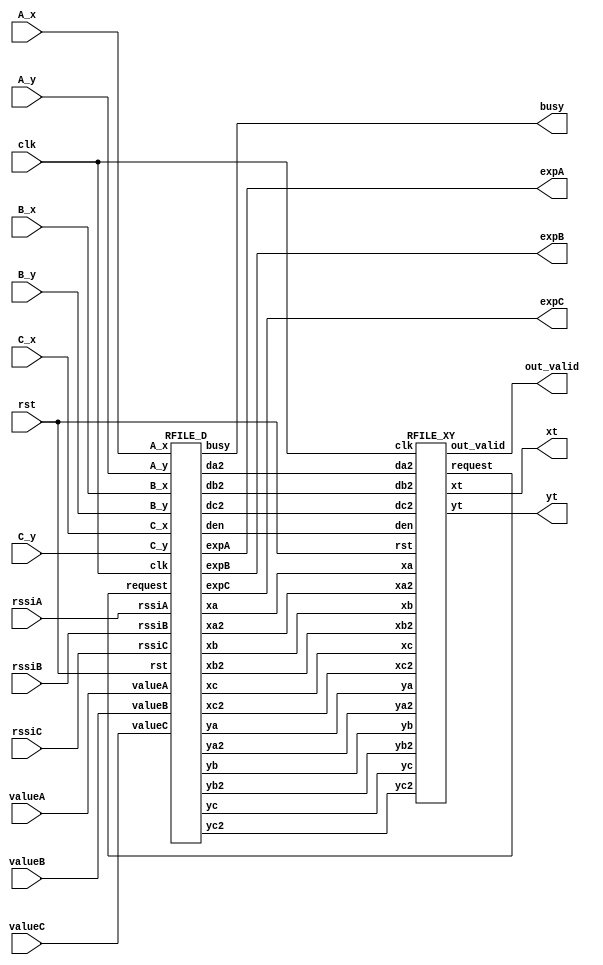
`timescale 1ns/10ps
module RFILE(clk, rst, A_x, A_y, B_x, B_y, C_x, C_y, rssiA, rssiB, rssiC, valueA, valueB, valueC, expA, expB, expC, busy, out_valid, xt, yt);
input           clk;
input           rst;
input  [7:0]    A_x;
input  [7:0]    A_y; 
input  [7:0]    B_x; 
input  [7:0]    B_y; 
input  [7:0]    C_x; 
input  [7:0]    C_y;
input signed [19:0]   rssiA;
input signed [19:0]   rssiB;
input signed [19:0]   rssiC;
input  [15:0]   valueA;
input  [15:0]   valueB;
input  [15:0]   valueC;
output [11:0]   expA;
output [11:0]   expB;
output [11:0]   expC;
output          busy;
output          out_valid;
output     [7:0] xt;
output     [7:0] yt;
/* my design */
wire request;
wire den;
wire [7:0]  xa;
wire [15:0] xa2;
wire [7:0]  ya;
wire [15:0] ya2;
wire [17:0] da2;
wire [7:0]  xb;
wire [15:0] xb2;
wire [7:0]  yb;
wire [15:0] yb2;
wire [17:0] db2;
wire [7:0]  xc;
wire [15:0] xc2;
wire [7:0]  yc;
wire [15:0] yc2;
wire [17:0] dc2;

RFILE_D rfile_d(clk, rst, A_x, A_y, B_x, B_y, C_x, C_y, rssiA, rssiB, rssiC, valueA, valueB, valueC, expA, expB, expC, busy,
		request, den, xa, xa2, ya, ya2, da2, xb, xb2, yb, yb2, db2, xc, xc2, yc, yc2, dc2);

RFILE_XY rfile_xy(clk, rst, request, den, xa, xa2, ya, ya2, da2, xb, xb2, yb, yb2, db2, xc, xc2, yc, yc2, dc2, out_valid, xt, yt);

endmodule

module RFILE_D(clk, rst, A_x, A_y, B_x, B_y, C_x, C_y, rssiA, rssiB, rssiC, valueA, valueB, valueC, expA, expB, expC, busy,
	   request, den, xa, xa2, ya, ya2, da2, xb, xb2, yb, yb2, db2, xc, xc2, yc, yc2, dc2);
input clk;
input rst;
input [7:0] A_x;
input [7:0] A_y; 
input [7:0] B_x; 
input [7:0] B_y; 
input [7:0] C_x; 
input [7:0] C_y;
input signed [19:0] rssiA;
input signed [19:0] rssiB;
input signed [19:0] rssiC;
input [15:0] valueA;
input [15:0] valueB;
input [15:0] valueC;
output [11:0] expA;
output [11:0] expB;
output [11:0] expC;
output reg busy;
input request;
output reg den;
output reg [7:0]  xa;
output reg [15:0] xa2;
output reg [7:0]  ya;
output reg [15:0] ya2;
output reg [17:0] da2;
output reg [7:0]  xb;
output reg [15:0] xb2;
output reg [7:0]  yb;
output reg [15:0] yb2;
output reg [17:0] db2;
output reg [7:0]  xc;
output reg [15:0] xc2;
output reg [7:0]  yc;
output reg [15:0] yc2;
output reg [17:0] dc2;
//
localparam alpha = 6'h3B; // 'd59
localparam tenxn = 5'h14; // 'd20 (10 * n)

reg [2:0] state, nxt_state;
localparam Idle		= 3'd0;
localparam S0		= 3'd1;
localparam S1		= 3'd2;
localparam S2		= 3'd3;
localparam S3		= 3'd4;
localparam S4		= 3'd5;
localparam Output	= 3'd6;

reg first_flag;

wire [18:0] abs_rssiA = -rssiA;
wire [18:0] abs_rssiB = -rssiB;
wire [18:0] abs_rssiC = -rssiC;

wire [18:0] abs_rssiA_sub_alpha = {abs_rssiA[18:12] - alpha, abs_rssiA[11:0]};
wire [18:0] abs_rssiB_sub_alpha = {abs_rssiB[18:12] - alpha, abs_rssiB[11:0]};
wire [18:0] abs_rssiC_sub_alpha = {abs_rssiC[18:12] - alpha, abs_rssiC[11:0]};

reg [13:0] totexpA;
reg [13:0] totexpB;
reg [13:0] totexpC;
reg totexpA_start;
wire totexpA_finish;
wire [18:0] totexpA_quotient;
DIV#(.dividend_size(19), .divisor_size(5)) totexpA_div_19_5(clk, rst, totexpA_start, abs_rssiA_sub_alpha, tenxn, totexpA_finish, totexpA_quotient);
reg totexpB_start;
wire totexpB_finish;
wire [18:0] totexpB_quotient;
DIV#(.dividend_size(19), .divisor_size(5)) totexpB_div_19_5(clk, rst, totexpB_start, abs_rssiB_sub_alpha, tenxn, totexpB_finish, totexpB_quotient);
reg totexpC_start;
wire totexpC_finish;
wire [18:0] totexpC_quotient;
DIV#(.dividend_size(19), .divisor_size(5)) totexpC_div_19_5(clk, rst, totexpC_start, abs_rssiC_sub_alpha, tenxn, totexpC_finish, totexpC_quotient);

assign expA = totexpA[11:0];
assign expB = totexpB[11:0];
assign expC = totexpC[11:0];

reg [20:0] da;
reg [20:0] db;
reg [20:0] dc;
always @(*) begin
	case (totexpA[13:12])
		2'd0 : da <= valueA;
		2'd1 : da <= valueA * 4'd10; // (valueA << 3) + (valueA << 1)
		2'd2 : da <= valueA * 7'd100; // (valueA << 6) + (valueA << 5) + (valueA << 2)
		default : da <= 21'bx;
	endcase
	case (totexpB[13:12])
		2'd0 : db <= valueB;
		2'd1 : db <= valueB * 4'd10; // (valueB << 3) + (valueB << 1)
		2'd2 : db <= valueB * 7'd100; // (valueB << 6) + (valueB << 5) + (valueB << 2)
		default : db <= 21'bx;
	endcase
	case (totexpC[13:12])
		2'd0 : dc <= valueC;
		2'd1 : dc <= valueC * 4'd10; // (valueC << 3) + (valueC << 1)
		2'd2 : dc <= valueC * 7'd100; // (valueC << 6) + (valueC << 5) + (valueC << 2)
		default : dc <= 21'bx;
	endcase
end

reg xa2_start;
wire xa2_finish;
wire [15:0] xa2_product;
MULT#(.multiplicand_size(8), .multiplier_size(8)) xa2_mult_8_8(clk, rst, xa2_start, A_x, A_x, xa2_finish, xa2_product);
reg ya2_start;
wire ya2_finish;
wire [15:0] ya2_product;
MULT#(.multiplicand_size(8), .multiplier_size(8)) ya2_mult_8_8(clk, rst, ya2_start, A_y, A_y, ya2_finish, ya2_product);
reg da2_start;
wire da2_finish;
wire [17:0] da2_product;
MULT#(.multiplicand_size(9), .multiplier_size(9)) da2_mult_9_9(clk, rst, da2_start, da[20:12], da[20:12], da2_finish, da2_product);
reg xb2_start;
wire xb2_finish;
wire [15:0] xb2_product;
MULT#(.multiplicand_size(8), .multiplier_size(8)) xb2_mult_8_8(clk, rst, xb2_start, B_x, B_x, xb2_finish, xb2_product);
reg yb2_start;
wire yb2_finish;
wire [15:0] yb2_product;
MULT#(.multiplicand_size(8), .multiplier_size(8)) yb2_mult_8_8(clk, rst, yb2_start, B_y, B_y, yb2_finish, yb2_product);
reg db2_start;
wire db2_finish;
wire [17:0] db2_product;
MULT#(.multiplicand_size(9), .multiplier_size(9)) db2_mult_9_9(clk, rst, db2_start, db[20:12], db[20:12], db2_finish, db2_product);
reg xc2_start;
wire xc2_finish;
wire [15:0] xc2_product;
MULT#(.multiplicand_size(8), .multiplier_size(8)) xc2_mult_8_8(clk, rst, xc2_start, C_x, C_x, xc2_finish, xc2_product);
reg yc2_start;
wire yc2_finish;
wire [15:0] yc2_product;
MULT#(.multiplicand_size(8), .multiplier_size(8)) yc2_mult_8_8(clk, rst, yc2_start, C_y, C_y, yc2_finish, yc2_product);
reg dc2_start;
wire dc2_finish;
wire [17:0] dc2_product;
MULT#(.multiplicand_size(9), .multiplier_size(9)) dc2_mult_9_9(clk, rst, dc2_start, dc[20:12], dc[20:12], dc2_finish, dc2_product);

always @(*) begin // next state logic
	nxt_state <= state;
	case (state)
		Idle : nxt_state <= S0;
		S0 : nxt_state <= S1;
		S1 :
			if (totexpA_finish/* && totexpB_finish && totexpC_finish*/) nxt_state <= S2;
		S2 : nxt_state <= S3;
		S3 :
			if (da2_finish/* && db2_finish && dc2_finish*/) begin
				if (first_flag) nxt_state <= Output;
				else nxt_state <= S4;
			end
		S4 :
			if (request) nxt_state <= Output;
		Output : nxt_state <= S0;
	endcase
end

always @(posedge clk/* or posedge rst*/) begin // FSM
	if (rst) state <= Idle;
	else state <= nxt_state;
end

always @(*) begin
	busy <= 1'b1;
	totexpA_start <= 1'b0;
	totexpB_start <= 1'b0;
	totexpC_start <= 1'b0;
	xa2_start <= 1'b0;
	ya2_start <= 1'b0;
	da2_start <= 1'b0;
	xb2_start <= 1'b0;
	yb2_start <= 1'b0;
	db2_start <= 1'b0;
	xc2_start <= 1'b0;
	yc2_start <= 1'b0;
	dc2_start <= 1'b0;
	den <= 1'b0;
	case (state)
		Idle : begin
			busy <= 1'b0;
		end
		S0 : begin
			totexpA_start <= 1'b1;
			totexpB_start <= 1'b1;
			totexpC_start <= 1'b1;
		end
		S2 : begin
			xa2_start <= 1'b1;
			ya2_start <= 1'b1;
			da2_start <= 1'b1;
			xb2_start <= 1'b1;
			yb2_start <= 1'b1;
			db2_start <= 1'b1;
			xc2_start <= 1'b1;
			yc2_start <= 1'b1;
			dc2_start <= 1'b1;
		end
		Output : begin
			busy <= 1'b0;
			den <= 1'b1;
		end
	endcase
end

always @(posedge clk) begin
	totexpA <= 14'bx;
	totexpB <= 14'bx;
	totexpC <= 14'bx;
	case (state)
		Idle : begin
			first_flag <= 1'b1;
		end
		S1 : begin
			if (totexpA_finish) totexpA <= totexpA_quotient;
			if (totexpB_finish) totexpB <= totexpB_quotient;
			if (totexpC_finish) totexpC <= totexpC_quotient;
		end
		S2 : begin
			xa <= A_x;
			ya <= A_y;
			xb <= B_x;
			yb <= B_y;
			xc <= C_x;
			yc <= C_y;
		end
		S3 : begin
			if (xa2_finish) xa2 <= xa2_product;
			if (ya2_finish) ya2 <= ya2_product;
			if (da2_finish) da2 <= da2_product;
			if (xb2_finish) xb2 <= xb2_product;
			if (yb2_finish) yb2 <= yb2_product;
			if (db2_finish) db2 <= db2_product;
			if (xc2_finish) xc2 <= xc2_product;
			if (yc2_finish) yc2 <= yc2_product;
			if (dc2_finish) dc2 <= dc2_product;
		end
		Output : begin
			first_flag <= 1'b0;
		end
	endcase
end
endmodule

module RFILE_XY(clk, rst, request, den, xa, xa2, ya, ya2, da2, xb, xb2, yb, yb2, db2, xc, xc2, yc, yc2, dc2, out_valid, xt, yt);
input clk;
input rst;
output reg request;
input den;
input [7:0]  xa;
input [15:0] xa2;
input [7:0]  ya;
input [15:0] ya2;
input [17:0] da2;
input [7:0]  xb;
input [15:0] xb2;
input [7:0]  yb;
input [15:0] yb2;
input [17:0] db2;
input [7:0]  xc;
input [15:0] xc2;
input [7:0]  yc;
input [15:0] yc2;
input [17:0] dc2;
output reg out_valid;
output reg [7:0] xt;
output reg [7:0] yt;
//
reg [1:0] state, nxt_state;
localparam Idle		= 2'd0;
localparam S0		= 2'd1;
localparam S1		= 2'd2;
localparam Output	= 2'd3;

wire signed [18:0] t1_1 = xa2 + ya2 - da2;
wire signed [18:0] t1_2 = xb2 + yb2 - db2;
wire signed [19:0] t1 = t1_1 - t1_2;
wire signed [8:0] t2 = xa - xb;
wire signed [8:0] t3 = ya - yb;
wire signed [18:0] t4_2 = xc2 + yc2 - dc2;
wire signed [19:0] t4 = t1_1 - t4_2;
wire signed [8:0] t5 = xa - xc;
wire signed [8:0] t6 = ya - yc;

reg signed [17:0] t7_1; // t2 * t6
reg t7_1_start;
wire t7_1_finish;
wire signed [17:0] t7_1_product;
SMULT#(.multiplicand_size(9), .multiplier_size(9)) t7_1_smult_9_9(clk, rst, t7_1_start, t2, t6, t7_1_finish, t7_1_product);
reg signed [17:0] t7_2; // t3 * t5
reg t7_2_start;
wire t7_2_finish;
wire signed [17:0] t7_2_product;
SMULT#(.multiplicand_size(9), .multiplier_size(9)) t7_2_smult_9_9(clk, rst, t7_2_start, t3, t5, t7_2_finish, t7_2_product);
wire signed [18:0] t7 = t7_1 - t7_2;
wire [17:0] abs_t7 = (t7[18] ? -t7 : t7);

reg signed [28:0] t8_1; // t1 * t6
reg t8_1_start;
wire t8_1_finish;
wire signed [28:0] t8_1_product;
SMULT#(.multiplicand_size(20), .multiplier_size(9)) t8_1_smult_20_9(clk, rst, t8_1_start, t1, t6, t8_1_finish, t8_1_product);
reg signed [28:0] t8_2; // t4 * t3
reg t8_2_start;
wire t8_2_finish;
wire signed [28:0] t8_2_product;
SMULT#(.multiplicand_size(20), .multiplier_size(9)) t8_2_smult_20_9(clk, rst, t8_2_start, t4, t3, t8_2_finish, t8_2_product);
wire signed [29:0] t8 = t8_1 - t8_2;
wire [28:0] abs_t8 = (t8[29] ? -t8 : t8);

reg signed [28:0] t9_1; // t4 * t2
reg t9_1_start;
wire t9_1_finish;
wire signed [28:0] t9_1_product;
SMULT#(.multiplicand_size(20), .multiplier_size(9)) t9_1_smult_20_9(clk, rst, t9_1_start, t4, t2, t9_1_finish, t9_1_product);
reg signed [28:0] t9_2; // t1 * t5
reg t9_2_start;
wire t9_2_finish;
wire signed [28:0] t9_2_product;
SMULT#(.multiplicand_size(20), .multiplier_size(9)) t9_2_smult_20_9(clk, rst, t9_2_start, t1, t5, t9_2_finish, t9_2_product);
wire signed [29:0] t9 = t9_1 - t9_2;
wire [28:0] abs_t9 = (t9[29] ? -t9 : t9);

// abs_t8[28:1] / abs_t7;
reg x_start;
wire x_finish;
wire [27:0] x_quotient;
DIV#(.dividend_size(28), .divisor_size(18)) x_div_28_18(clk, rst, x_start, abs_t8[28:1], abs_t7, x_finish, x_quotient);
// abs_t9[28:1] / abs_t7;
reg y_start;
wire y_finish;
wire [27:0] y_quotient;
DIV#(.dividend_size(28), .divisor_size(18)) y_div_28_18(clk, rst, y_start, abs_t9[28:1], abs_t7, y_finish, y_quotient);

reg [5:0] temp_cnt;

always @(*) begin // next state logic
	nxt_state <= state;
	case (state)
		Idle :
			if (den) nxt_state <= S0;
		S0 :
			if (t7_1_finish/* && t7_2_finish && t8_1_finish && t8_2_finish && t9_1_finish && t9_2_finish*/) nxt_state <= S1;
		S1 : nxt_state <= Output;
		Output :
			if (x_finish/* && y_finish*/) nxt_state <= Idle;
	endcase
end

always @(posedge clk/* or posedge rst*/) begin // FSM
	if (rst) state <= Idle;
	else state <= nxt_state;
end

always @(*) begin
	t7_1_start <= 1'b0;
	t7_2_start <= 1'b0;
	t8_1_start <= 1'b0;
	t8_2_start <= 1'b0;
	t9_1_start <= 1'b0;
	t9_2_start <= 1'b0;
	x_start <= 1'b0;
	y_start <= 1'b0;
	request <= 1'b0;
	case (state)
		Idle : begin
			if (den) begin
				t7_1_start <= 1'b1;
				t7_2_start <= 1'b1;
				t8_1_start <= 1'b1;
				t8_2_start <= 1'b1;
				t9_1_start <= 1'b1;
				t9_2_start <= 1'b1;
			end
		end
		S1 : begin
			x_start <= 1'b1;
			y_start <= 1'b1;
		end
		Output : begin
			if (x_finish/* && y_finish*/) request <= 1'b1;
		end
	endcase
end

always @(posedge clk) begin
	out_valid <= 1'b0;
	t7_1 <= 18'bx;
	t7_2 <= 18'bx;
	t8_1 <= 29'bx;
	t8_2 <= 29'bx;
	t9_1 <= 29'bx;
	t9_2 <= 29'bx;
	case (state)
		S0 : begin
			if (t7_1_finish) t7_1 <= t7_1_product;
			if (t7_2_finish) t7_2 <= t7_2_product;
			if (t8_1_finish) t8_1 <= t8_1_product;
			if (t8_2_finish) t8_2 <= t8_2_product;
			if (t9_1_finish) t9_1 <= t9_1_product;
			if (t9_2_finish) t9_2 <= t9_2_product;
		end
		Output : begin
			if (x_finish/* && y_finish*/) begin
				out_valid <= 1'b1;
				xt <= x_quotient;
				yt <= y_quotient;
			end
		end
	endcase
end

endmodule

module MULT#(parameter multiplicand_size = 64, parameter multiplier_size = 64) (clk, rst, start, multiplicand, multiplier, finish, product);
input clk;
input rst;
input start;
input [multiplicand_size - 1:0] multiplicand;
input [multiplier_size - 1:0] multiplier;
output reg finish;
output reg [multiplicand_size + multiplier_size - 1:0] product;

reg state, nxt_state;
localparam Idle	= 1'd0;
localparam Mult	= 1'd1;

reg [multiplicand_size - 1:0] _multiplicand;
reg [multiplicand_size + multiplier_size - 1:0] _product;
reg [multiplicand_size + multiplier_size - 1:0] _product_next;
localparam cnt_size = $clog2(multiplier_size);
reg [cnt_size - 1:0] cnt;
wire [cnt_size - 1:0] cnt_next = cnt + 1;
wire cnt_end = cnt == (multiplier_size - 1);
reg [multiplicand_size:0] temp;
always @(*) begin
	if (_product[0]) temp <= _product[multiplicand_size + multiplier_size - 1:multiplier_size] + _multiplicand;
	else temp <= _product[multiplicand_size + multiplier_size - 1:multiplier_size];
	_product_next <= {temp, _product[multiplier_size - 1:1]};
end

always @(*) begin // next state logic
	nxt_state <= state;
	case (state)
		Idle :
			if (start) nxt_state <= Mult;
		Mult :
			if (cnt_end) nxt_state <= Idle;
	endcase
end

always @(posedge clk/* or negedge rst*/) begin // FSM
	if (rst) state <= Idle;
	else state <= nxt_state;
end

always @(posedge clk) begin
	case (state)
		Idle : begin
			_multiplicand <= multiplicand;
			_product <= {{multiplicand_size{1'b0}}, multiplier};
			cnt <= 0;
		end
		Mult : begin
			_product <= _product_next;
			cnt <= cnt_next;
		end
	endcase
end

always @(*) begin
	finish <= 1'b0;
	product <= 'bx;
	case (state)
		Mult : begin
			if (cnt_end) begin
				finish <= 1'b1;
				product <= _product_next;
			end
		end
	endcase
end
endmodule

module SMULT#(parameter multiplicand_size = 64, parameter multiplier_size = 64) (clk, rst, start, multiplicand, multiplier, finish, product);
input clk;
input rst;
input start;
input signed [multiplicand_size - 1:0] multiplicand;
input signed [multiplier_size - 1:0] multiplier;
output reg finish;
output reg signed [multiplicand_size + multiplier_size - 1:0] product;

reg state, nxt_state;
localparam Idle	= 1'd0;
localparam Mult	= 1'd1;

reg signed [multiplicand_size - 1:0] _multiplicand;
reg signed [multiplicand_size + multiplier_size:0] _product;
reg signed [multiplicand_size + multiplier_size:0] _product_next;
localparam cnt_size = $clog2(multiplier_size);
reg [cnt_size - 1:0] cnt;
wire [cnt_size - 1:0] cnt_next = cnt + 1;
wire cnt_end = cnt == (multiplier_size - 1);
reg signed [multiplicand_size - 1:0] temp;
always @(*) begin
	case (_product[1:0])
		2'b00, 2'b11 : temp <= _product[multiplicand_size + multiplier_size:multiplier_size + 1];
		2'b01 : temp <= _product[multiplicand_size + multiplier_size:multiplier_size + 1] + _multiplicand;
		2'b10 : temp <= _product[multiplicand_size + multiplier_size:multiplier_size + 1] - _multiplicand;
	endcase
	_product_next <= {temp[multiplicand_size - 1], temp, _product[multiplier_size:1]};
end

always @(*) begin // next state logic
	nxt_state <= state;
	case (state)
		Idle :
			if (start) nxt_state <= Mult;
		Mult :
			if (cnt_end) nxt_state <= Idle;
	endcase
end

always @(posedge clk/* or negedge rst*/) begin // FSM
	if (rst) state <= Idle;
	else state <= nxt_state;
end

always @(posedge clk) begin
	case (state)
		Idle : begin
			_multiplicand <= multiplicand;
			_product <= {{multiplicand_size{1'b0}}, multiplier, 1'b0};
			cnt <= 0;
		end
		Mult : begin
			_product <= _product_next;
			cnt <= cnt_next;
		end
	endcase
end

always @(*) begin
	finish <= 1'b0;
	product <= 'bx;
	case (state)
		Mult : begin
			if (cnt_end) begin
				finish <= 1'b1;
				product <= _product_next[multiplicand_size + multiplier_size:1];
			end
		end
	endcase
end
endmodule

module DIV#(parameter dividend_size = 64, parameter divisor_size = 64) (clk, rst, start, dividend, divisor, finish, quotient/*, remainder*/);
input clk;
input rst;
input start;
input [dividend_size - 1:0] dividend;
input [divisor_size - 1:0] divisor;
output reg finish;
output reg [dividend_size - 1:0] quotient;
//output reg [divisor_size - 1:0] remainder;

reg state, nxt_state;
localparam Idle	= 1'd0;
localparam Div	= 1'd1;

reg [divisor_size - 1:0] _divisor;
reg [divisor_size + dividend_size - 1:0] _rq;
reg [divisor_size + dividend_size - 1:0] _rq_next;
localparam cnt_size = $clog2(dividend_size);
reg [cnt_size - 1:0] cnt;
wire [cnt_size - 1:0] cnt_next = cnt + 1;
wire cnt_end = cnt == (dividend_size - 1);
reg [divisor_size:0] temp;
always @(*) begin
	temp <= _rq[divisor_size + dividend_size - 1:dividend_size - 1] - _divisor;
	if (temp[divisor_size]) _rq_next <= {_rq[divisor_size + dividend_size - 2:0], 1'b0};
	else _rq_next <= {temp[divisor_size - 1:0], _rq[dividend_size - 2:0], 1'b1};
end

always @(*) begin // next state logic
	nxt_state <= state;
	case (state)
		Idle :
			if (start) nxt_state <= Div;
		Div :
			if (cnt_end) nxt_state <= Idle;
	endcase
end

always @(posedge clk/* or negedge rst*/) begin // FSM
	if (rst) state <= Idle;
	else state <= nxt_state;
end

always @(posedge clk) begin
	case (state)
		Idle : begin
			_divisor <= divisor;
			_rq <= {{divisor_size{1'b0}}, dividend};
			cnt <= 0;
		end
		Div : begin
			_rq <= _rq_next;
			cnt <= cnt_next;
		end
	endcase
end

always @(*) begin
	finish <= 1'b0;
	quotient <= 'bx;
	//remainder <= 'bx;
	case (state)
		Div : begin
			if (cnt_end) begin
				finish <= 1'b1;
				quotient <= _rq_next[dividend_size - 1:0];
				//remainder <= _rq_next[divisor_size + dividend_size - 1:dividend_size];
			end
		end
	endcase
end
endmodule